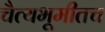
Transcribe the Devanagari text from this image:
चैत्यभूमीतच